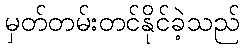
မှတ်တမ်းတင်နိုင်ခဲ့သည်